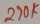
Text: 270K